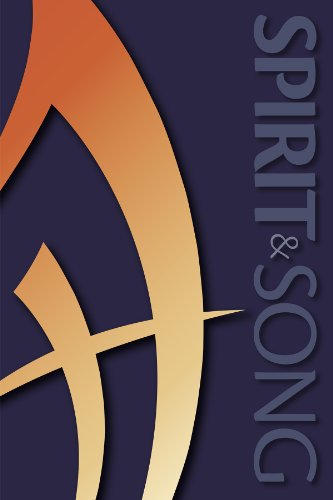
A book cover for Spirit & Song Hymnal; OCP; Christian Books & Bibles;